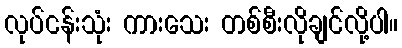
လုပ်ငန်းသုံး ကားသေး တစ်စီးလိုချင်လို့ပါ။